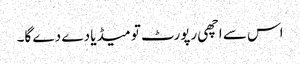
اس سے اچھی رپورٹ تو میڈیا دے دے گا۔